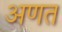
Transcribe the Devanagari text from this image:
अणत